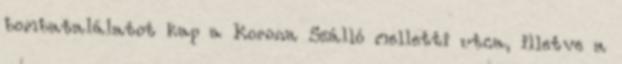
bombatalálatot kap a Korona Szálló melletti utca, illetve a